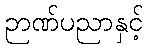
ဉာဏ်ပညာနှင့်